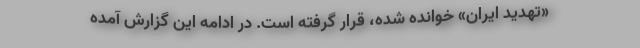
«تهدید ایران» خوانده شده، قرار گرفته است. در ادامه این گزارش آمده